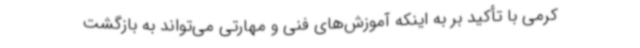
کرمی با تأکید بر به اینکه آموزش‌های فنی و مهارتی می‌تواند به بازگشت